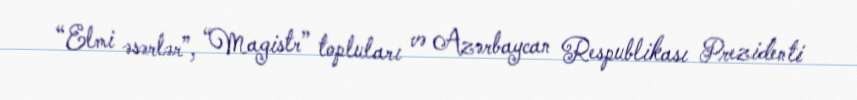
“Elmi əsərlər”, “Magistr” topluları və Azərbaycan Respublikası Prezidenti